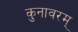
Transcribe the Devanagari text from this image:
कुनावरम्